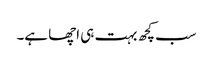
سب کچھ بہت ہی اچھا ہے۔